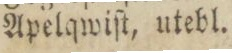
Apelqwiſt, utebl.